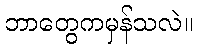
ဘာတွေကမှန်သလဲ။